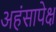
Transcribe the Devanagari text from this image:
अहंसापेक्ष